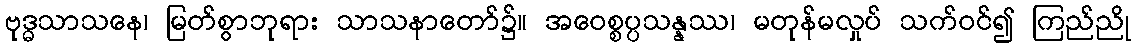
ဗုဒ္ဓသာသနေ၊ မြတ်စွာဘုရား သာသနာတော်၌။ အဝေစ္စပ္ပသန္နဿ၊ မတုန်မလှုပ် သက်ဝင်၍ ကြည်ညို